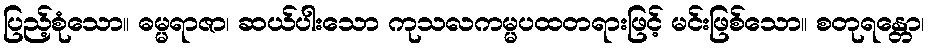
ပြည့်စုံသော။ ဓမ္မရာဇာ၊ ဆယ်ပါးသော ကုသလကမ္မပထတရားဖြင့် မင်းဖြစ်သော။ စတုရန္တော၊